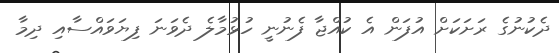
ދެކުނުގެ ރަށަކަށް އުފަން އެ ކުއްޖާ ފެނުނީ ހުޅުމާލެ ދެވަނަ ފިޔަވައްސާއި ދިމާ